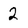
Character: 2